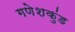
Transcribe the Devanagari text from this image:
गणेशकुंड